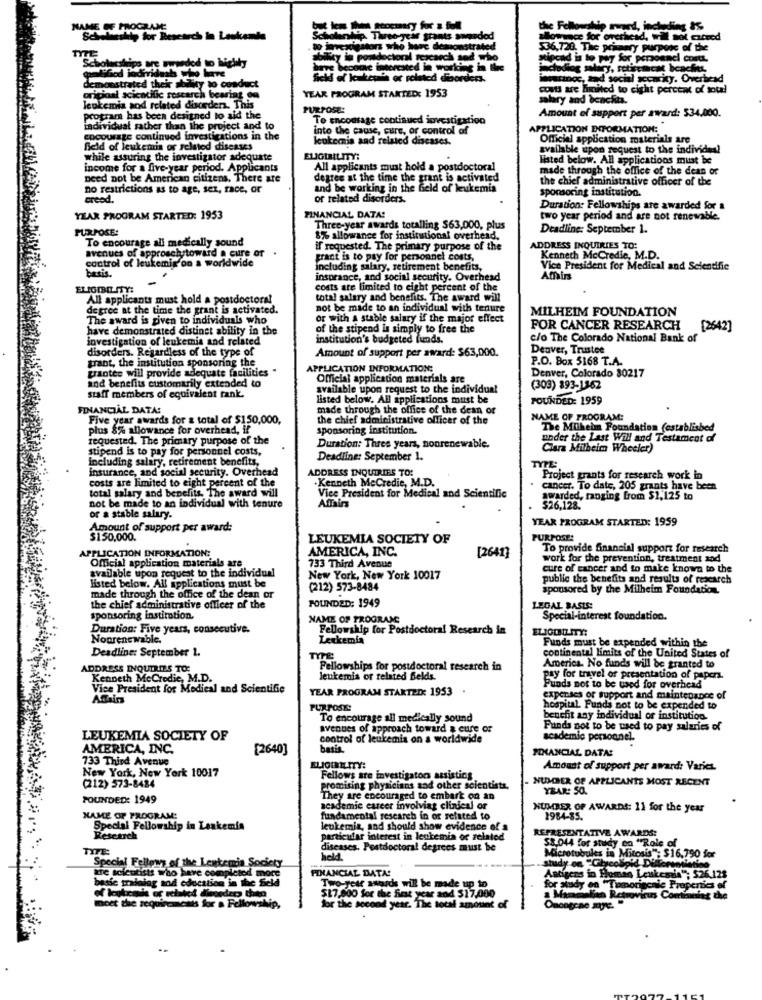
NAME OF PROGRAME
wird, including IS-
hly for Research in Leskents
Scholarship. Three-year grants swordod
ice for overhead, will not exceed
TYTE
ao jervexigstorz who have demonstrated
36,720. The primary purpose of the
Key in postdoctoral rescarch sed who
fond is to pay for personnel costt.
bolasships are wwwdod to highly
ve become interested in working in the
kog salary, soticacat beaches,
noc, and social security. Overhead
demonstrated their ability to conduct
YEAR PROGRAM STARTED: 1953
costs are limited to eight percent of sott!
original scientific research bearing on
salary and benefits.
leukemia sod related disorders. This
PURPOSE
Amount of support per award: 534.000.
program has been designed to aid the
To encourage continued investigation
individual rather than the project and to
into the cause, cure, or control of
APPLICATION ENFORMATION:
encourage continued investigations in the
leukemia and related diseases.
Officiel application materials are
field of leukemis or related diseases
available upon request to the individual
while assuring the investigator adequate
ELIGIBILITY:
listed below. All applications must be
income for a five-year perio
All applicants must hold a postdoctoral
made through the office of the dean of
need not be American citizens. There are
degree at the time the grant is activated
the chief administrative officer of the
no restrictions as to age, sez, race, or
and be working in the field of leukemia
spomasoring institution.
creed.
or related disorders.
Duration: Fellowships are awarded for a
YEAR PROGRAM STARTED: 1953
FINANCIAL DATA!
two year period and are not renewable.
PURPOSE:
Three-year awards totalling $63,000, plus
Deadline: September 1.
To encourage all medically sound
8% allowance for institutional overhead.
broschytoward a cure or .
if requested. The primary purpose of the
ADDRESS INQUIRIES TO:
control of leukemig on a worldwide
avenues of approschat
pract is to pay for personnel costs,
Kenneth McCredie, M.D.
including salary, retirement benefits,
Vice President for Medical and Scientific
insurance, and social security. Overhead
Affairs
ELFOIBO ITY:
costs are limited to eight percent of the
All applicants must hold a postdoctoral
total salary and benefits. The award will
degree at the time the grant is activated.
not be made to an individual with tenure
MILHEIM FOUNDATION
The award is given to individuals who
or with a stable salary if the major effect
have demonstrated distinet ability in the
of the stipend Is simply to free the
FOR CANCER RESEARCH [2642]
investigation of leukemia and related
institution's budgeted funds.
c/o The Colorado National Bank of
disorders. Regardless of the type of
Amount of support per award: $63,000.
Denver, Trustee
grant, the institution sponsoring the
P.O. Box 5168 T.A.
[aotee will provide adequate facilities "
APPLICATION INFORMATION:
and benefits customarily extended to
Official application materials are
Denver, Colorado 30217
staff members of equivalent rank.
available upon request to the individual
(303) 893-1862
listed below. All applications must be
FOUNDED: 1959
FINANCIAL DATA:
made through the office of the dean or
Five year awards for a total of $150,000,
the chief administrative officer of the
NAME OF PROGRAM:
plus 8% allowance for overhead, if
sponsoring institution.
The Mülheim Foundation (established
requested. The primary purpose of the
under the Last Will and Testamcat a
stipend is to pay for personnel costs,
Duration: Thres years, nonrenewable.
Clara Milbeim Wheeler)
including salary, retirement benefits,
Deadline: September 1.
insurance, and social security. Overhead
ADDRESS INQUIRIES TO:
TYPE:
costs are limited to eight percent of the
.Kenneth MeCredie, M.D.
Project grants for research work in
total salary and benefits. The award will
cancer. To date, 205 grants have been
Vice President for Medical and Scientific
AWAT
warded, ranging from $1,125 to
not be made to an individual with tenure
Affairs
$26.128.
or a stable salary.
YEAR PROGRAM STARTED: 1959
Amount of support per award:
$150.000.
LEUKEMIA SOCIETY OF
PURPOSE:
APPLICATION INFORMATION:
AMERICA, INC.
[2641]
To provide financial support for research
Official application materials are
work for the prevention, treatment and
available upon request to the individual
733 Third Avenue
cure of cancer and to make known to the
New York, New York 10017
public the benefits and results of rescarch
listed below. All applications must be
(212) 573-8484
sponsored by the Milheim Foundation.
made through the office of the dean or
FOUNDED: 1949
the chief administrative officer of the
LEGAL BASES:
sponsoring institution.
NAME OF PROGRAM:
Special-interest foundation.
Duration: Five years, consecutive.
Fellowship for Postdoctoral Research in
ELICONILITY:
Nonrenewable.
Leukemia
Funds must be expended within the
Deadline: September 1.
continental limits of the United States of
ADDRESS INQUIRIES TO:
Fellowships for postdoctoral research in
America. No funds will be granted to
Kenneth McCredie, M.D.
leukemis or related Belds.
pay for travel of presentation of papers.
Vice President for Medical and Scientific
YEAR PROGRAM STARTED: 1953 .
Funds not to be used for overhead
expenses of support and maintenance of
PURPOSE:
hospital. Funds not to be expended to
To encourage all medically sound
benefit any individual or institution.
avenues of approach toward a cure or
Funds not to be used to pay salaries of
LEUKEMIA SOCIETY OF
control of leukemia on a worldwide
academic personnel.
AMERICA, INC.
[2640]
basis
FINANCIAL DATA:
733 Third Avenue
New York, New York 10017
Amount of support per award: Varies.
Fellows are investigators assisting
NUMBER OF APPLICANTS MOST RECENT
(212) 573-8424
promising physicians and other scientists.
YEAR: SO.
POUNDED: 1949
They are encouraged to embark on an
academie career involving clinical or
NUMBER OF AWARDS: 11 for the year
NAME OF PROGRAM:
fundamental research in or related to
1984-35.
Special Fellowship in Leukemia
leukemie, and should show evidence of a
REPRESENTATIVE AWARDS:
Research
particular interest in leukemia or related
58.044 for study on "Role of
TIFE
diseases. Postdoctoral degrees must be
Special Fellows of the Lentemia Society
held.
Microtubules in Mitosis": $16,790 for
mpletod more
FINANCIAL DATA:
tre scicutists who have complet
besse tradalag and education in the Seld
Antigens in Homas Leukemia": $26.128
« leukemiis of related diesedep thed
Two-year awards will be made up to
517,900 for the first year and $17,000
for study en "Tumorigenie Properties of
a Mammalian Retrovirus Comtimelag the
moet the requirements for a Fellowship,
for the second year. The total amount of
Oncegcae ate. "